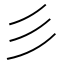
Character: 彡